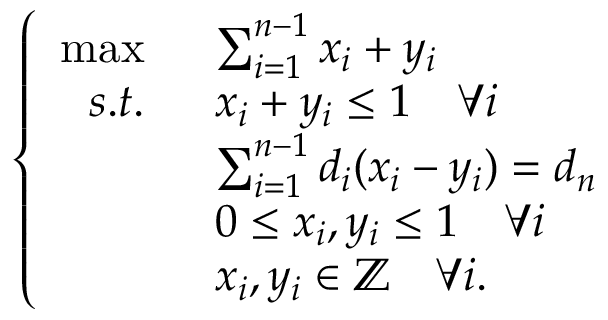
\left\{ \begin{array} { r l } { \operatorname* { m a x } \; \; } & { \sum _ { i = 1 } ^ { n - 1 } x _ { i } + y _ { i } } \\ { s . t . \; \; } & { x _ { i } + y _ { i } \leq 1 \quad \forall i } \\ & { \sum _ { i = 1 } ^ { n - 1 } d _ { i } ( x _ { i } - y _ { i } ) = d _ { n } } \\ & { 0 \leq x _ { i } , y _ { i } \leq 1 \quad \forall i } \\ & { x _ { i } , y _ { i } \in \mathbb { Z } \quad \forall i . } \end{array} \right.